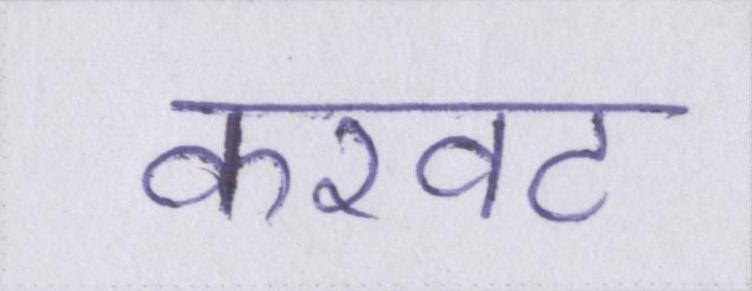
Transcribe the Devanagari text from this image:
करवट